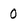
Character: 0